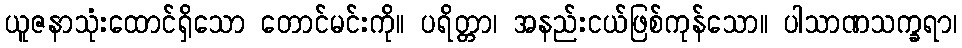
ယူဇနာသုံးထောင်ရှိသော တောင်မင်းကို။ ပရိတ္တာ၊ အနည်းငယ်ဖြစ်ကုန်သော။ ပါသာဏသက္ခရာ၊